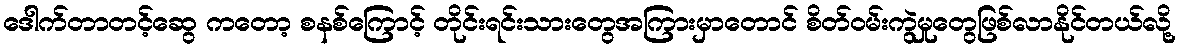
ဒေါက်တာတင့်ဆွေ ကတော့ စနစ်ကြောင့် တိုင်းရင်းသားတွေအကြားမှာတောင် စိတ်ဝမ်းကွဲမှုတွေဖြစ်လာနိုင်တယ်လို့